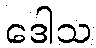
ဒေါသ